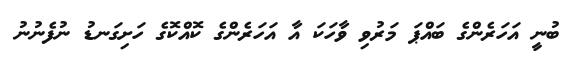
ބުނީ އަހަރެންގެ ބައްޕަ މަރުވި ވާހަކަ އާ އަހަރެންގެ ކޮއްކޮގެ ހަށިގަނޑު ނުފެނުނު